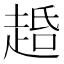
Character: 𬦐